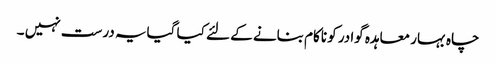
چاہ بہار معاہدہ گوادر کو ناکام بنانے کے لئے کیا گیایہ درست نہیں ۔